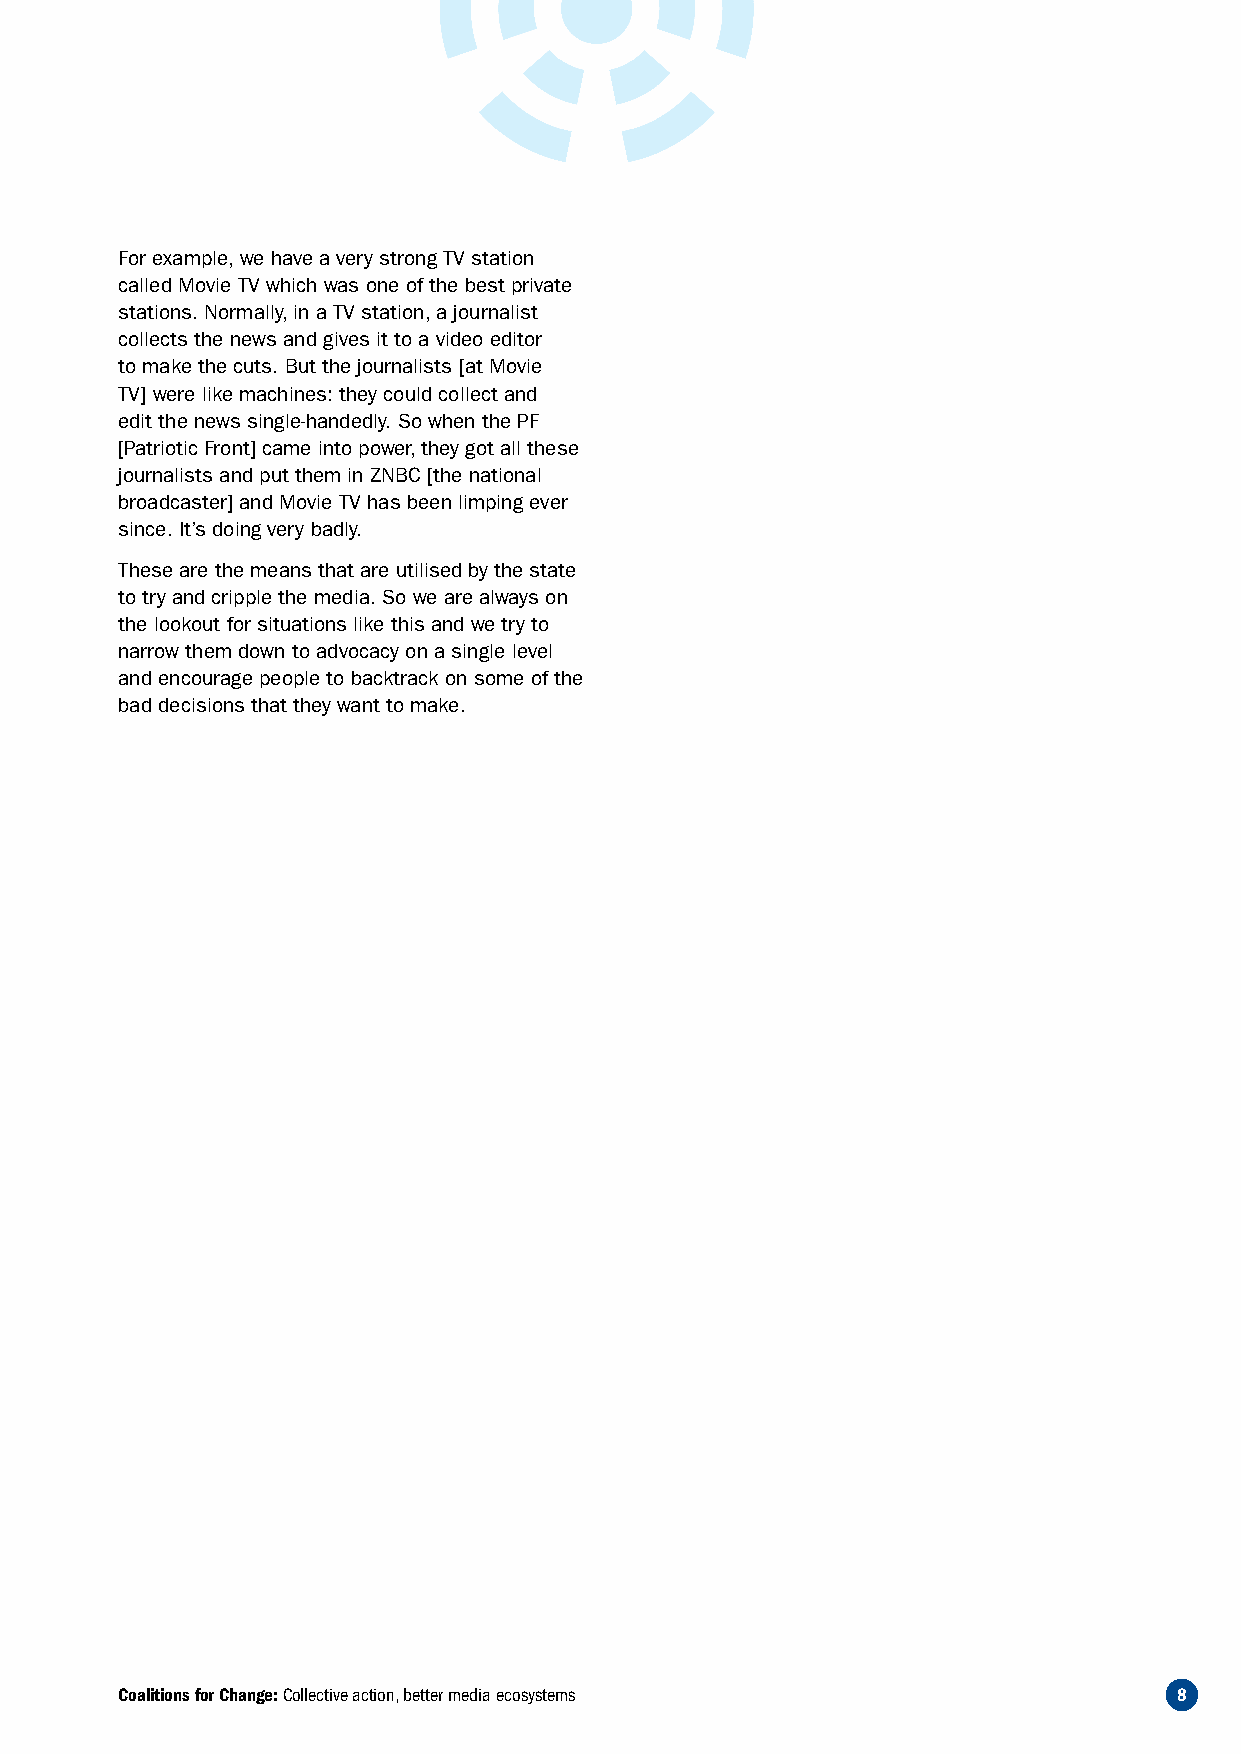
For example, we have a very strong TV station
 called Movie TV which was one of the best private
 stations. Normally, in a TV station, a journalist
 collects the news and gives it to a video editor
 to make the cuts. But the journalists [at Movie
 TV] were like machines: they could collect and
 edit the news single-handedly. So when the PF
 [Patriotic Front] came into power, they got all these
 journalists and put them in ZNBC [the national
 broadcaster] and Movie TV has been limping ever
 since. It’s doing very badly.
 These are the means that are utilised by the state
 to try and cripple the media. So we are always on
 the lookout for situations like this and we try to
 narrow them down to advocacy on a single level
 and encourage people to backtrack on some of the
 bad decisions that they want to make.
 Coalitions for Change: Collective action, better media ecosystems     8